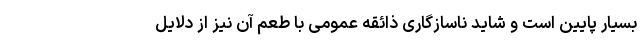
بسیار پایین است و شاید ناسازگاری ذائقه عمومی با طعم آن نیز از دلایل